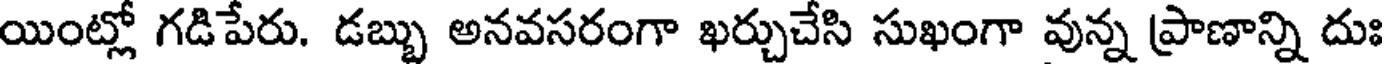
యింట్లో గడిపేరు. డబ్బు అనవసరంగా ఖర్చుచేసి సుఖంగా వున్న ప్రాణాన్ని దుః